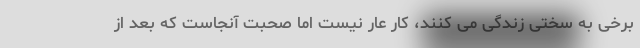
برخی به سختی زندگی می کنند، کار عار نیست اما صحبت آنجاست که بعد از